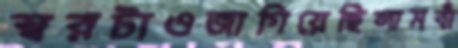
স্বরটাওজাগিয়েছিলামবাঁ